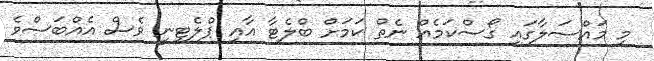
މި މައްސަލާގައި ގޯސްކަމެއް ނެތް ކަމަށް ބްލެޓާ އާއި ޕްލެޓިނީ ވެސް އެއްބަސްވެ